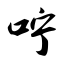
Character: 咛